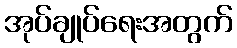
အုပ်ချုပ်ရေးအတွက်